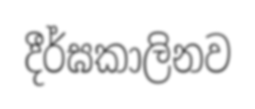
දීර්ඝකාලිනව